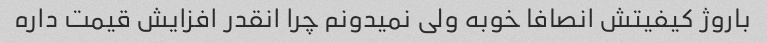
باروژ کیفیتش انصافا خوبه ولی نمیدونم چرا انقدر افزایش قیمت داره